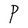
Character: P